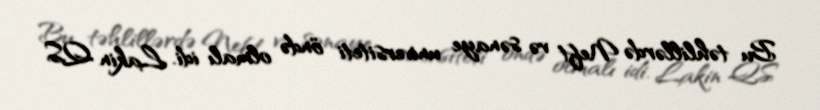
Bu təhlillərdə Neft və sənaye universiteti öndə olmalı idi. Lakin QS